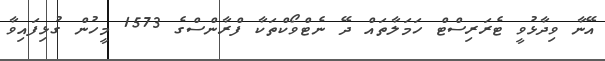
އޭނާ ވިދާޅުވީ ޓެރަރިސްޓް ހަމަލާތައް ދޭ ނެޓްވޯކްތަކާ ފްރާންސްގެ 1573 މީހުން ގުޅިފައިވާ